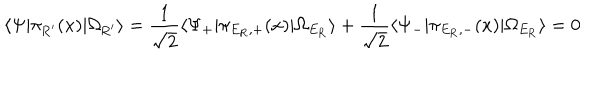
LaTeX: \langle \Psi | \pi _ { \mathrm { R ^ { \prime } } } ( x ) | \Omega _ { \mathrm { R ^ { \prime } } } \rangle = \frac { 1 } { \sqrt { 2 } } \langle \Psi _ { + } | \pi _ { E _ { \mathrm { R } } , + } ( x ) | \Omega _ { E _ { \mathrm { R } } } \rangle + \frac { 1 } { \sqrt { 2 } } \langle \Psi _ { - } | \pi _ { E _ { \mathrm { R } } , - } ( x ) | \Omega _ { E _ { \mathrm { R } } } \rangle = 0